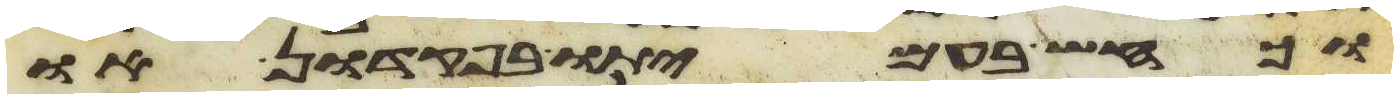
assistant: וכחש בעמיתו בפקדון או